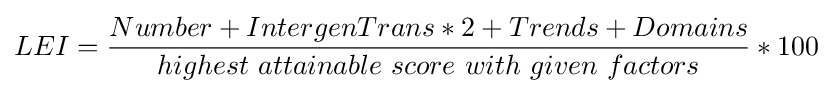
LEI={Number+IntergenTrans*2+Trends+Domains \over highest\ attainable\ score\ with\ given\ factors}*100